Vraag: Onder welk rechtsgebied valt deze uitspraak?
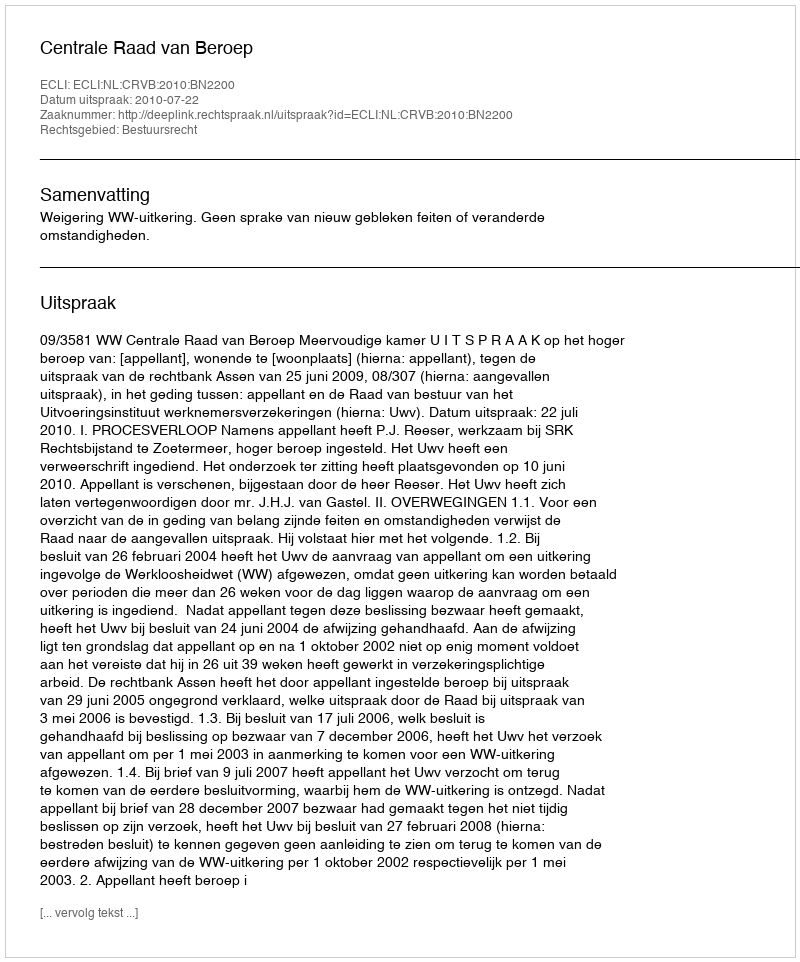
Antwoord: Bestuursrecht